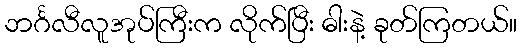
ဘင်္ဂလီလူအုပ်ကြီးက လိုက်ပြီး ဓါးနဲ့ ခုတ်ကြတယ်။